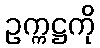
ဥက္ကဋ္ဌကို